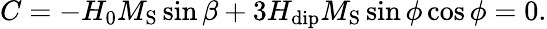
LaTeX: C=-H_{0}M_{\mathrm{S}}\sin\beta+3H_{\mathrm{dip}}M_{\mathrm{S}}\sin\phi\cos\phi=0.